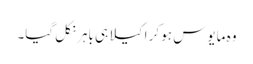
وہ مایوس ہو کر اکیلا ہی باہر نکل گیا۔